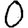
Digit: 0